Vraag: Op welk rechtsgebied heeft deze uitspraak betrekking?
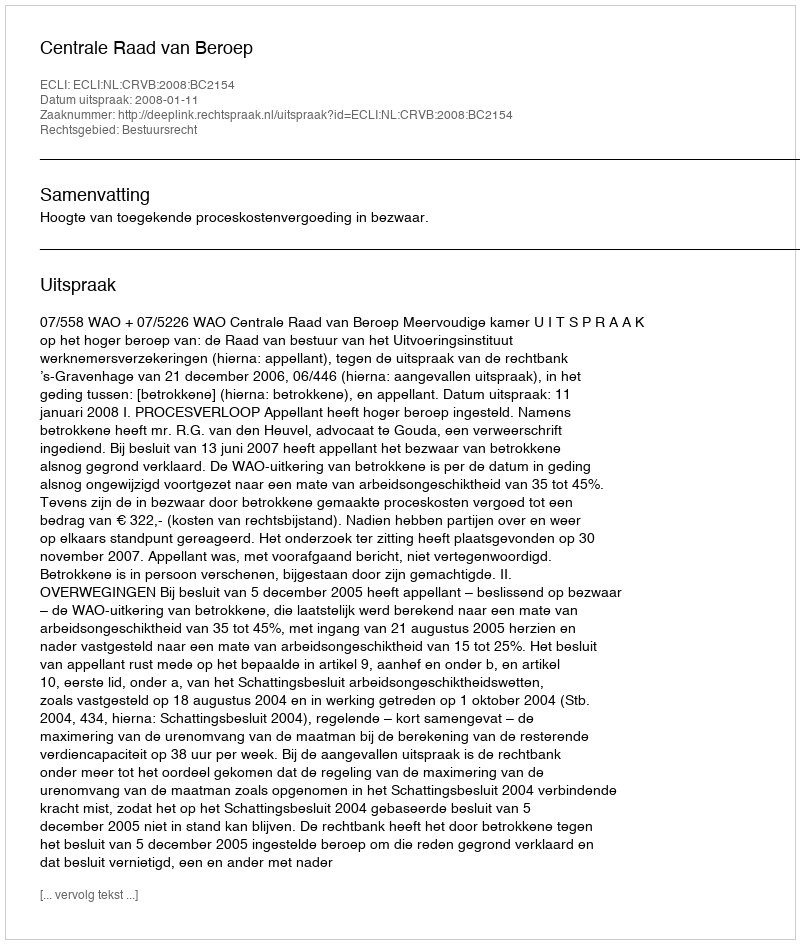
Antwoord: Bestuursrecht